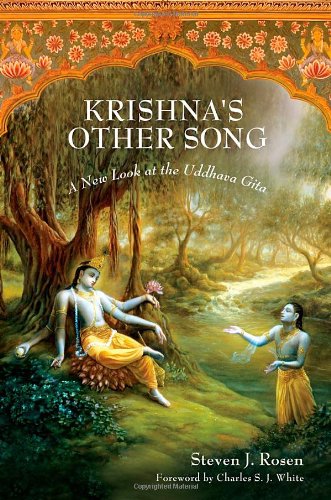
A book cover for Krishna's Other Song: A New Look at the Uddhava Gita; Steven J. Rosen; Religion & Spirituality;